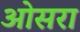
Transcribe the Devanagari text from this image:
ओसरा